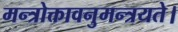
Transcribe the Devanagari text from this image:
मन्त्रोक्तावनुमन्त्रयते।